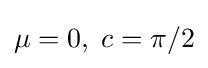
\mu =0,\;c=\pi /2